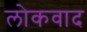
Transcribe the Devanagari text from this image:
लोकवाद